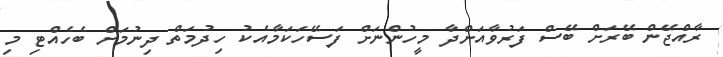
ރާއްޖޭން ބޭރަށް ބޭސް ފަރުވާއަށްދާ މީހުންނަށް ފަސޭހަކަމާއެކު ހިދުމަތް ދިނުމަށް ބެހެއްޓި މި